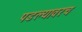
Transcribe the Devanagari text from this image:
पडल्यावरच